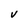
Character: V